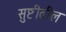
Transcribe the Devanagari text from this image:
सुष्टीतील